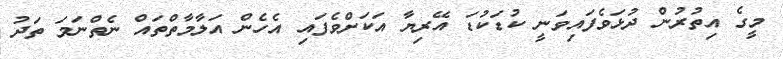
މީގެ އިތުރުން ދުޅަވެފައިވަނީ ކުޑަކުޑަ އޭރިޔާ އަކަށްވެފައި އެހެން އަލާމާތްތައް ނެތްނަމަ ތަދު